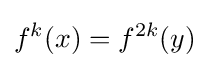
f^{k}(x)=f^{2k}(y)